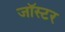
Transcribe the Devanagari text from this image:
जॉस्टर